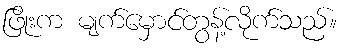
ဖြိုးက မျက်မှောင်တွန့်လိုက်သည်။